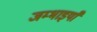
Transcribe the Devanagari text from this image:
जम्भाइयाँ